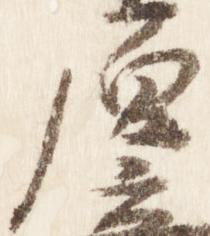
原